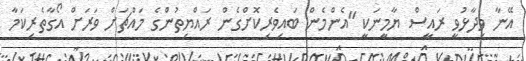
އޭނާ ވިދާޅުވީ ރައީސް ޔާމީނަކީ "އެންމެން ބައިވެރިކޮށްގެން ރައްޔިތުންގެ މައްޗަށް ވަރަށް އޯގާތެރިކަމާ